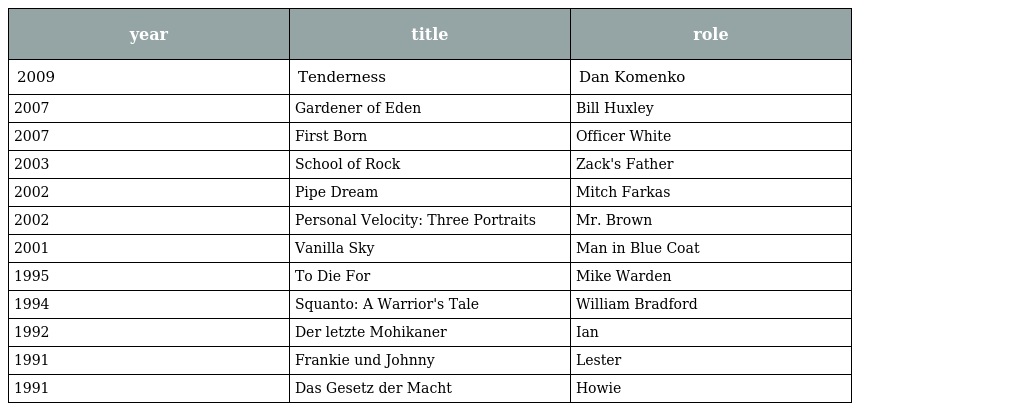
| year | title | role |
 | --- | --- | --- |
 | 2009 | Tenderness | Dan Komenko |
 | 2007 | Gardener of Eden | Bill Huxley |
 | 2007 | First Born | Officer White |
 | 2003 | School of Rock | Zack's Father |
 | 2002 | Pipe Dream | Mitch Farkas |
 | 2002 | Personal Velocity: Three Portraits | Mr. Brown |
 | 2001 | Vanilla Sky | Man in Blue Coat |
 | 1995 | To Die For | Mike Warden |
 | 1994 | Squanto: A Warrior's Tale | William Bradford |
 | 1992 | Der letzte Mohikaner | Ian |
 | 1991 | Frankie und Johnny | Lester |
 | 1991 | Das Gesetz der Macht | Howie |